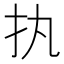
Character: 𢩾